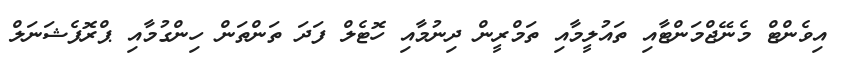
އިވެންޓް މެނޭޖްމަންޓާއި ތައުލީމާއި ތަމްރީން ދިނުމާއި ހޮޓެލް ފަދަ ތަންތަން ހިންގުމާއި ޕްރޮފެޝަނަލް